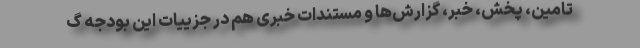
تامین، پخش، خبر، گزارش‌ها و مستندات خبری هم در جزییات این بودجه گ